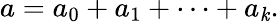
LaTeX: a=a_{0}+a_{1}+\cdots+a_{\mathit{k}}.